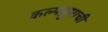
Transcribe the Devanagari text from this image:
कल्पद्रुमाची